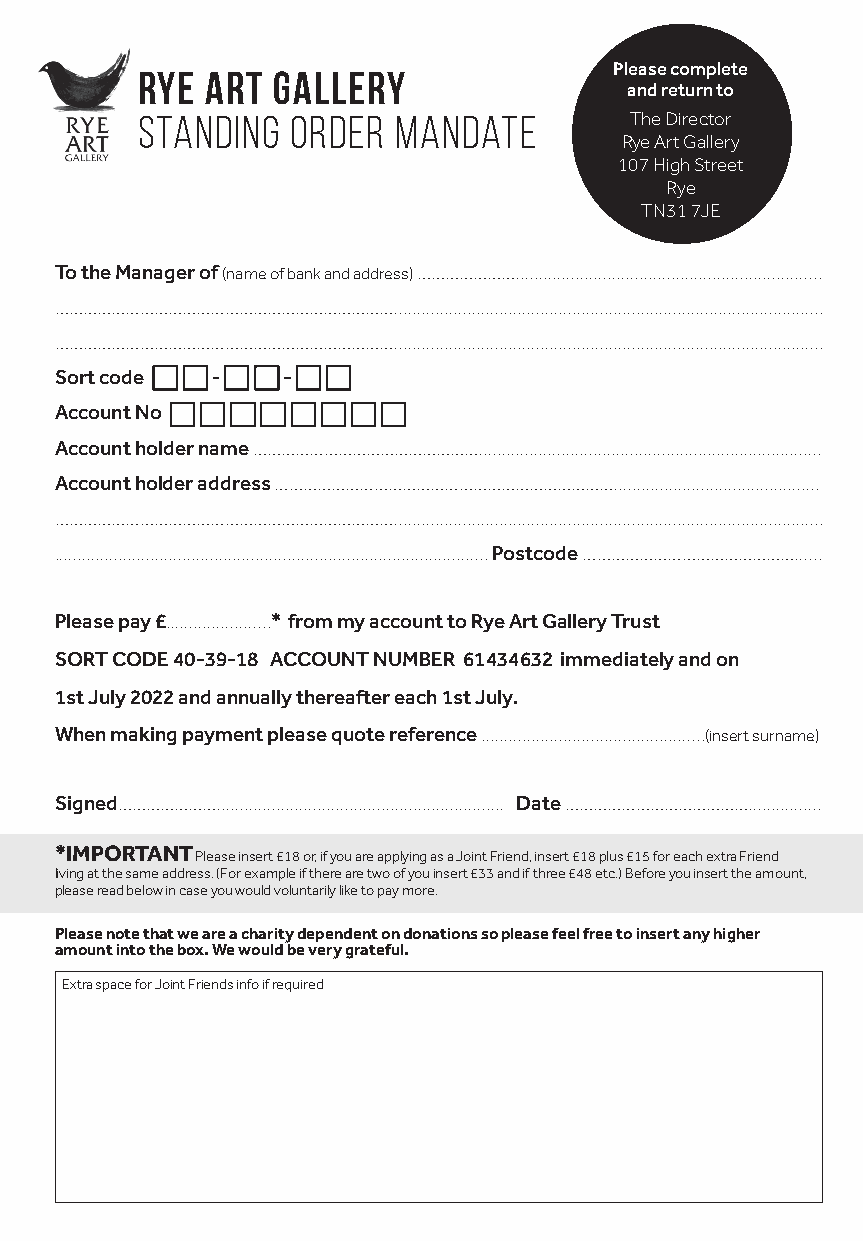
Rye  Art Gallery                Please complete
 and return to
 Standing  order  mandate         The Director
 Rye Art Gallery
 107 High Street
 Rye
 TN31 7JE
 To the Manager of (name of bank and address) …………………...................................................................
 ………………………………………………………………..............................................................................................
 ………………………………………………………………..............................................................................................
 Sort code
 Account No
 Account holder name …………………………………………...........................................................................
 Account holder address ……………………………………………………………….............................................
 ………………………………………………………………..............................................................................................
 ............................................................................................... Postcode ………………………………………......
 Please pay £.......................* from my account to Rye Art Gallery Trust
 SORT CODE 40-39-18 ACCOUNT NUMBER 61434632 immediately and on
 1st July 2022 and annually thereafter each 1st July.
 When making payment please quote reference .................................................(insert surname)
 Signed…………………............................................................... Date …………………………………................
 *IMPORTANT
 Please insert £18 or, if you are applying as a Joint Friend, insert £18 plus £15 for each extra Friend
 living at the same address. (For example if there are two of you insert £33 and if three £48 etc.) Before you insert the amount,
 please read below in case you would voluntarily like to pay more.
 Please note that we are a charity dependent on donations so please feel free to insert any higher
 amount into the box. We would be very grateful.
 Extra space for Joint Friends info if required